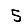
Digit: 5